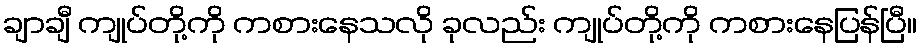
ချာချီ ကျုပ်တို့ကို ကစားနေသလို ခုလည်း ကျုပ်တို့ကို ကစားနေပြန်ပြီ။